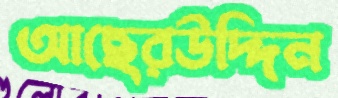
আছেরউদ্দিন